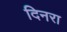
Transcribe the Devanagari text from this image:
दिनरा